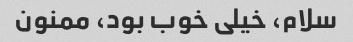
سلام، خیلی خوب بود، ممنون